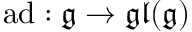
\operatorname { a d } : { \mathfrak { g } } \to { \mathfrak { g l } } ( { \mathfrak { g } } )